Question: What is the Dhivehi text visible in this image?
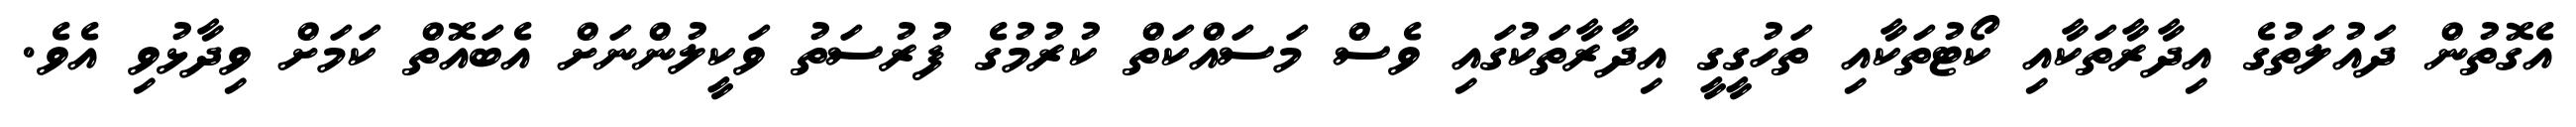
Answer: އެގޮތުން ދައުލަތުގެ އިދާރާތަކާއި ކޯޓުތަކާއި ތަހުގީގީ އިދާރާތަކުގައި ވެސް މަސައްކަތް ކުރުމުގެ ފުރުސަތު ވަކީލުންނަށް އެބައޮތް ކަމަށް ވިދާޅުވި އެވެ.